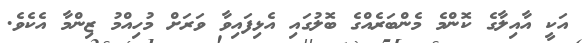
އަކީ އާއިލާގެ ކޮންމެ މެންބަރެއްގެ ބޮލުގައި އެޅިފައިވާ ވަރަށް މުހިއްމު ޒިންމާ އެކެވެ.